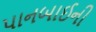
પાનબાઈની